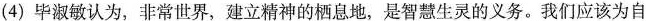
(4)毕淑敏认为，非常世界，建立精神的栖息地，是智慧生灵的义务。我们应该为自